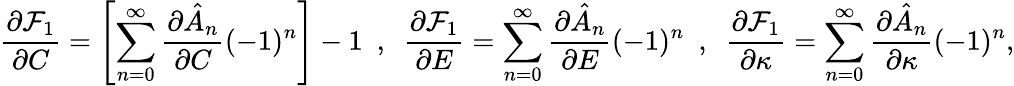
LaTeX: \frac{\partial\mathcal{F}_{1}}{\partial C}=\left[\sum_{n=0}^{\infty}\frac{\partial\hat{A}_{n}}{\partial C}(-1)^{n}\right]-1~~,~~\frac{\partial\mathcal{F}_{1}}{\partial E}=\sum_{n=0}^{\infty}\frac{\partial\hat{A}_{n}}{\partial E}(-1)^{n}~~,~~\frac{\partial\mathcal{F}_{1}}{\partial\kappa}=\sum_{n=0}^{\infty}\frac{\partial\hat{A}_{n}}{\partial\kappa}(-1)^{n},